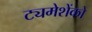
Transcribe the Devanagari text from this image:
ट्यमेशेंको